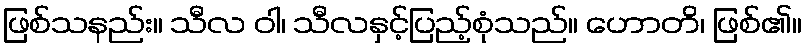
ဖြစ်သနည်း။ သီလ ဝါ၊ သီလနှင့်ပြည့်စုံသည်။ ဟောတိ၊ ဖြစ်၏။